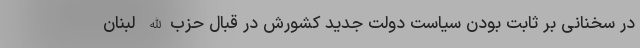
در سخنانی بر ثابت بودن سیاست دولت جدید کشورش در قبال حزب‌الله لبنان